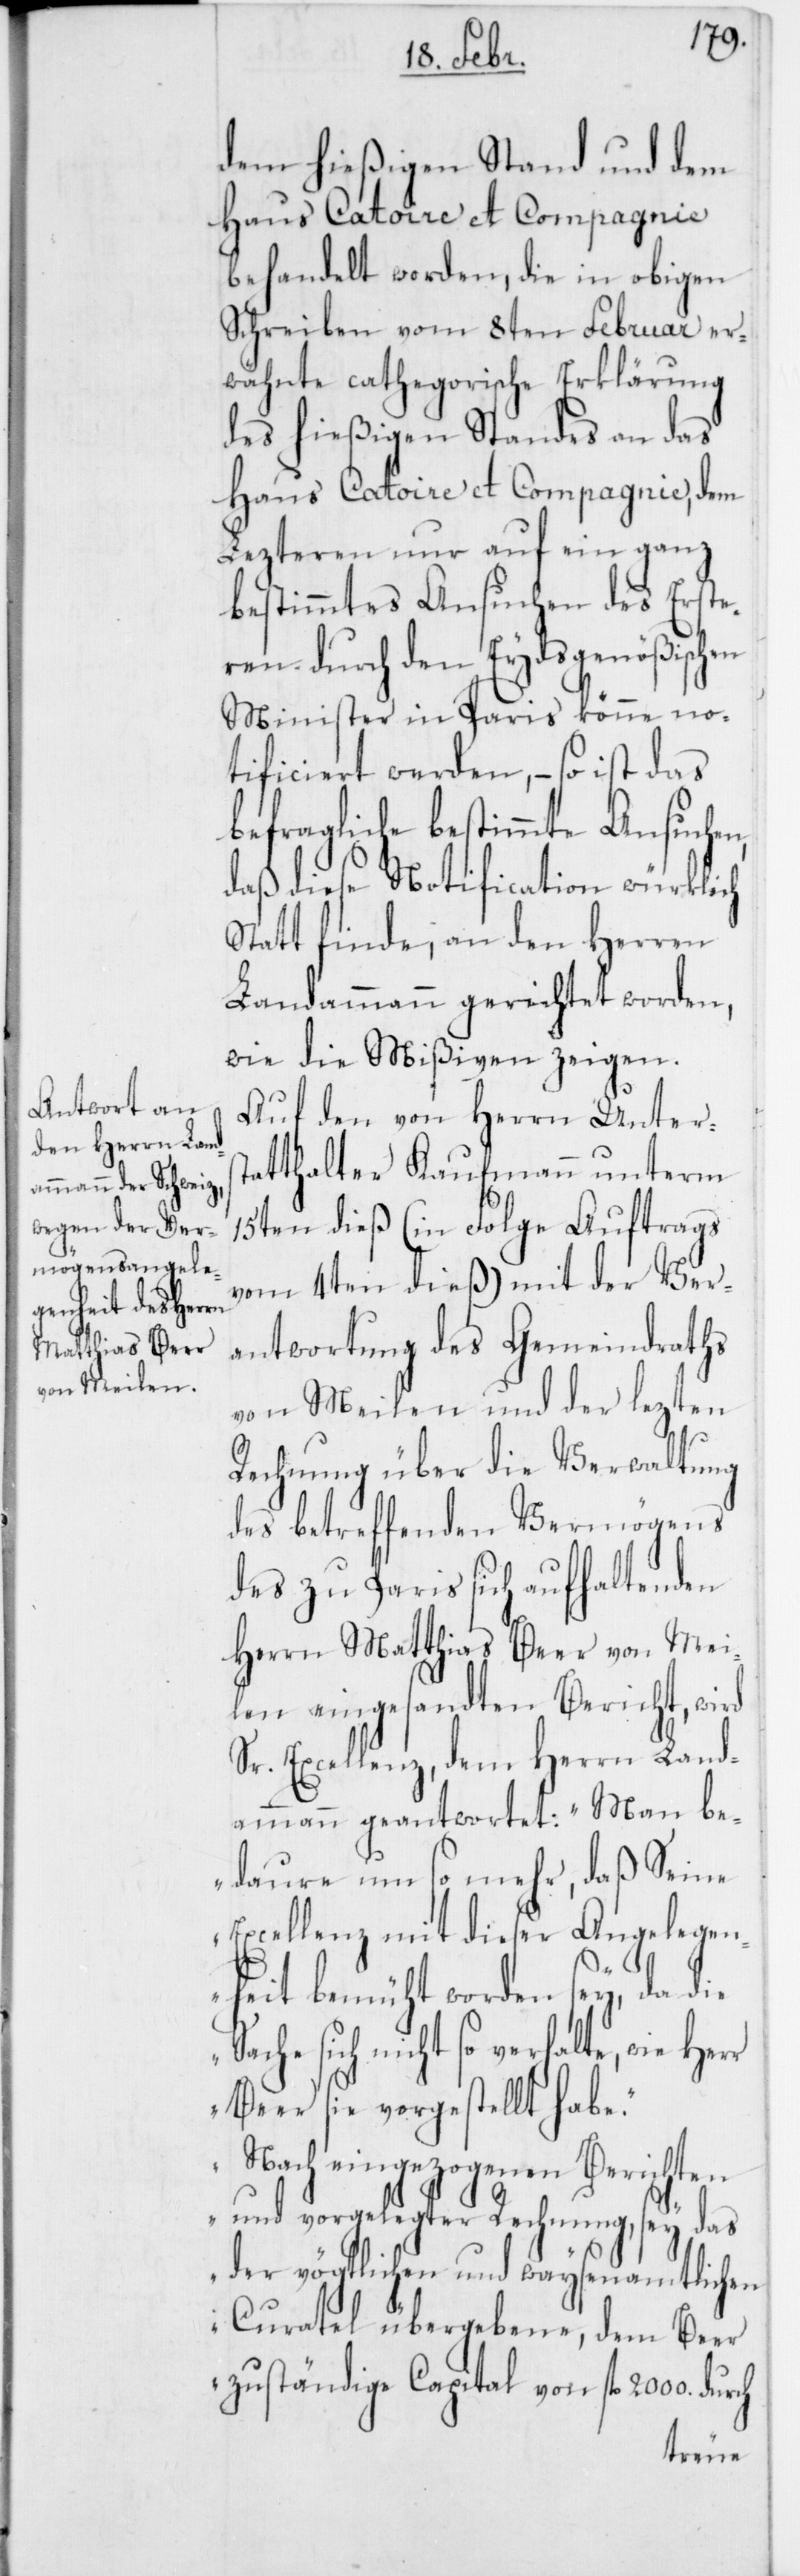
dem hießigen Stand und dem
Haus Catoire et Compagnie
behandelt worden, die in obigen
Schreiben vom 8ten Februar er¬
wähnte cathegorische Erklärung
des hießigen Standes an das
Haus Catoire et Compagnie, dem
Lezteren nur auf ein ganz
bestimmtes Ansuchen des Erste¬
ren durch den Eydsgenößischen
Minister in Paris könne no¬
tificiert werden, – so ist das
befragliche bestimmte Ansuchen,
daß diese Notification würklich
Statt finde, an den Herren
Landammann gerichtet worden,
wie die Mißiven zeigen.
Auf den von Herrn Unters¬
tatthalter Kaufmann unterm
15ten dieß (in Folge Auftrags
vom 4ten dieß) mit der Ver¬
antwortung des Gemeindraths
von Meilen und der lezten
Rechnung über die Verwaltung
des betreffenden Vermögens
des zu Paris sich aufhaltenden
Herrn Matthias Beer von Mei¬
len eingesandten Bericht, wird
Sr. Excellenz, dem Herrn Land¬
ammann geantwortet: „Man be¬
daure um so mehr, daß Seine
Excellenz, mit dieser Angelege¬
nheit bemüht worden sey, da die
Sache sich nicht so verhalte, wie Herr
Beer sie vorgestellt habe.
Nach eingezogenen Berichten
und vorgelegter Rechnung, sey das
der vögtlichen und waysenamtlichen
Curatel übergebene, dem Beer
zuständige Capital von fl. 2000 durch